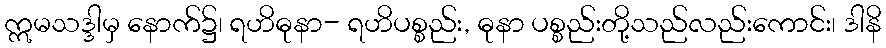
ဣမသဒ္ဒါမှ နောက်၌၊ ရဟိဓုနာ- ရဟိပစ္စည်း, ဓုနာ ပစ္စည်းတို့သည်လည်းကောင်း၊ ဒါနိ